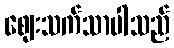
ဈေးသက်သာပါသည်